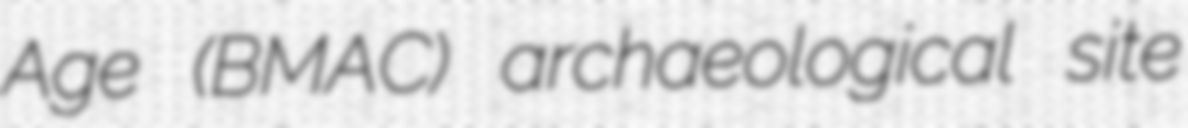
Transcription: Age (BMAC) archaeological site